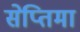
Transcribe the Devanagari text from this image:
सेप्तिमा